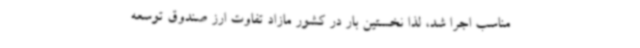
مناسب اجرا شد، لذا نخستین بار در کشور مازاد تفاوت ارز صندوق توسعه